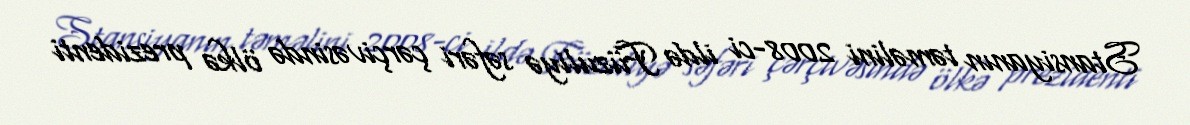
Stansiyanın təməlini 2008-ci ildə Füzuliyə səfəri çərçivəsində ölkə prezidenti